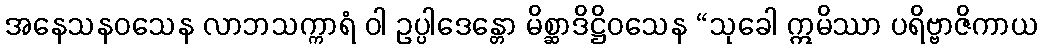
အနေသနဝသေန လာဘသက္ကာရံ ဝါ ဥပ္ပါဒေန္တော မိစ္ဆာဒိဋ္ဌိဝသေန “သုခေါ ဣမိဿာ ပရိဗ္ဗာဇိကာယ